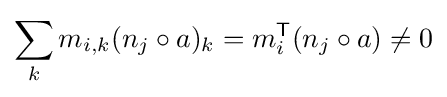
\sum _{k}m_{i,k}(n_{j}\circ a)_{k}=m_{i}^{\textsf {T}}(n_{j}\circ a)\neq 0